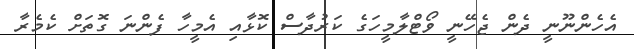
އެހެންނޫނީ ދެން ޖެހޭނީ ވޯޓްލާމީހަގެ ކަރުދާސް ކޮޅާއި އެމީހާ ފެންނަ ގޮތަށް ކެމެރާ